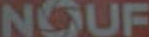
NOUF